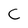
Character: C